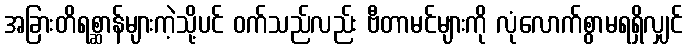
အခြားတိရစ္ဆာန်များကဲ့သို့ပင် ဝက်သည်လည်း ဗီတာမင်များကို လုံလောက်စွာမရရှိလျှင်